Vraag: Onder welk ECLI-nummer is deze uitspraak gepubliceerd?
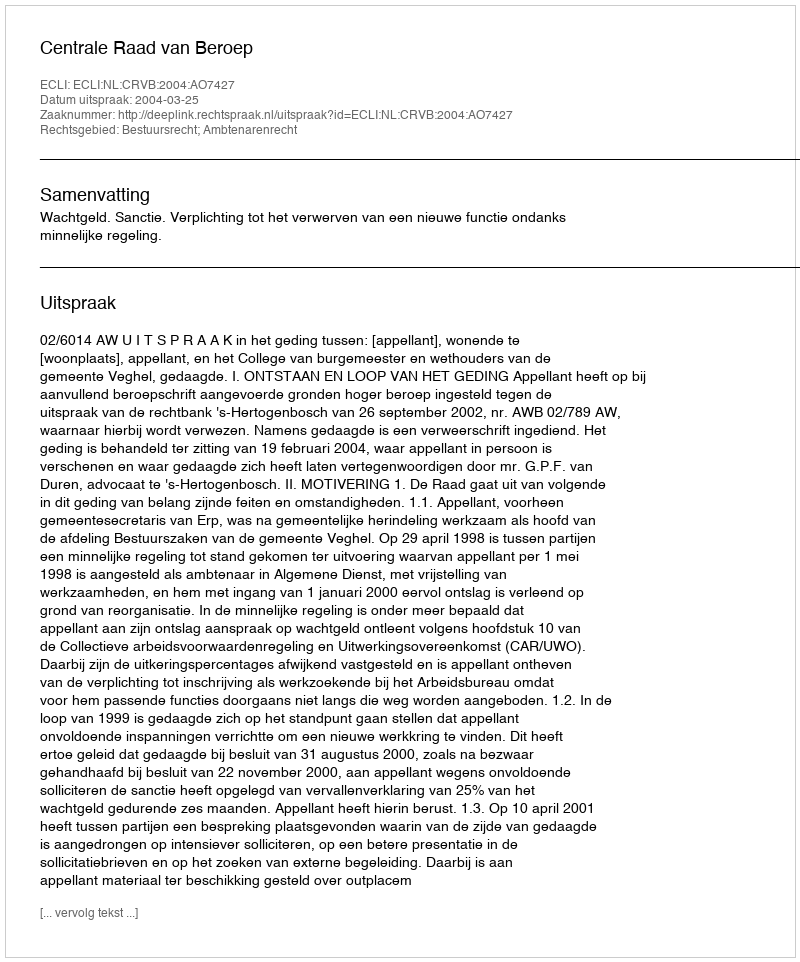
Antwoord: ECLI:NL:CRVB:2004:AO7427